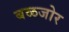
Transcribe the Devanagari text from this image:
बळजोर